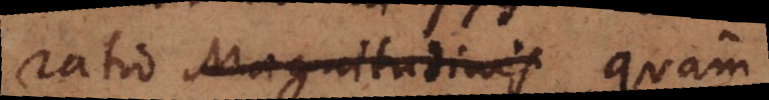
ratio Magnitadiis quam